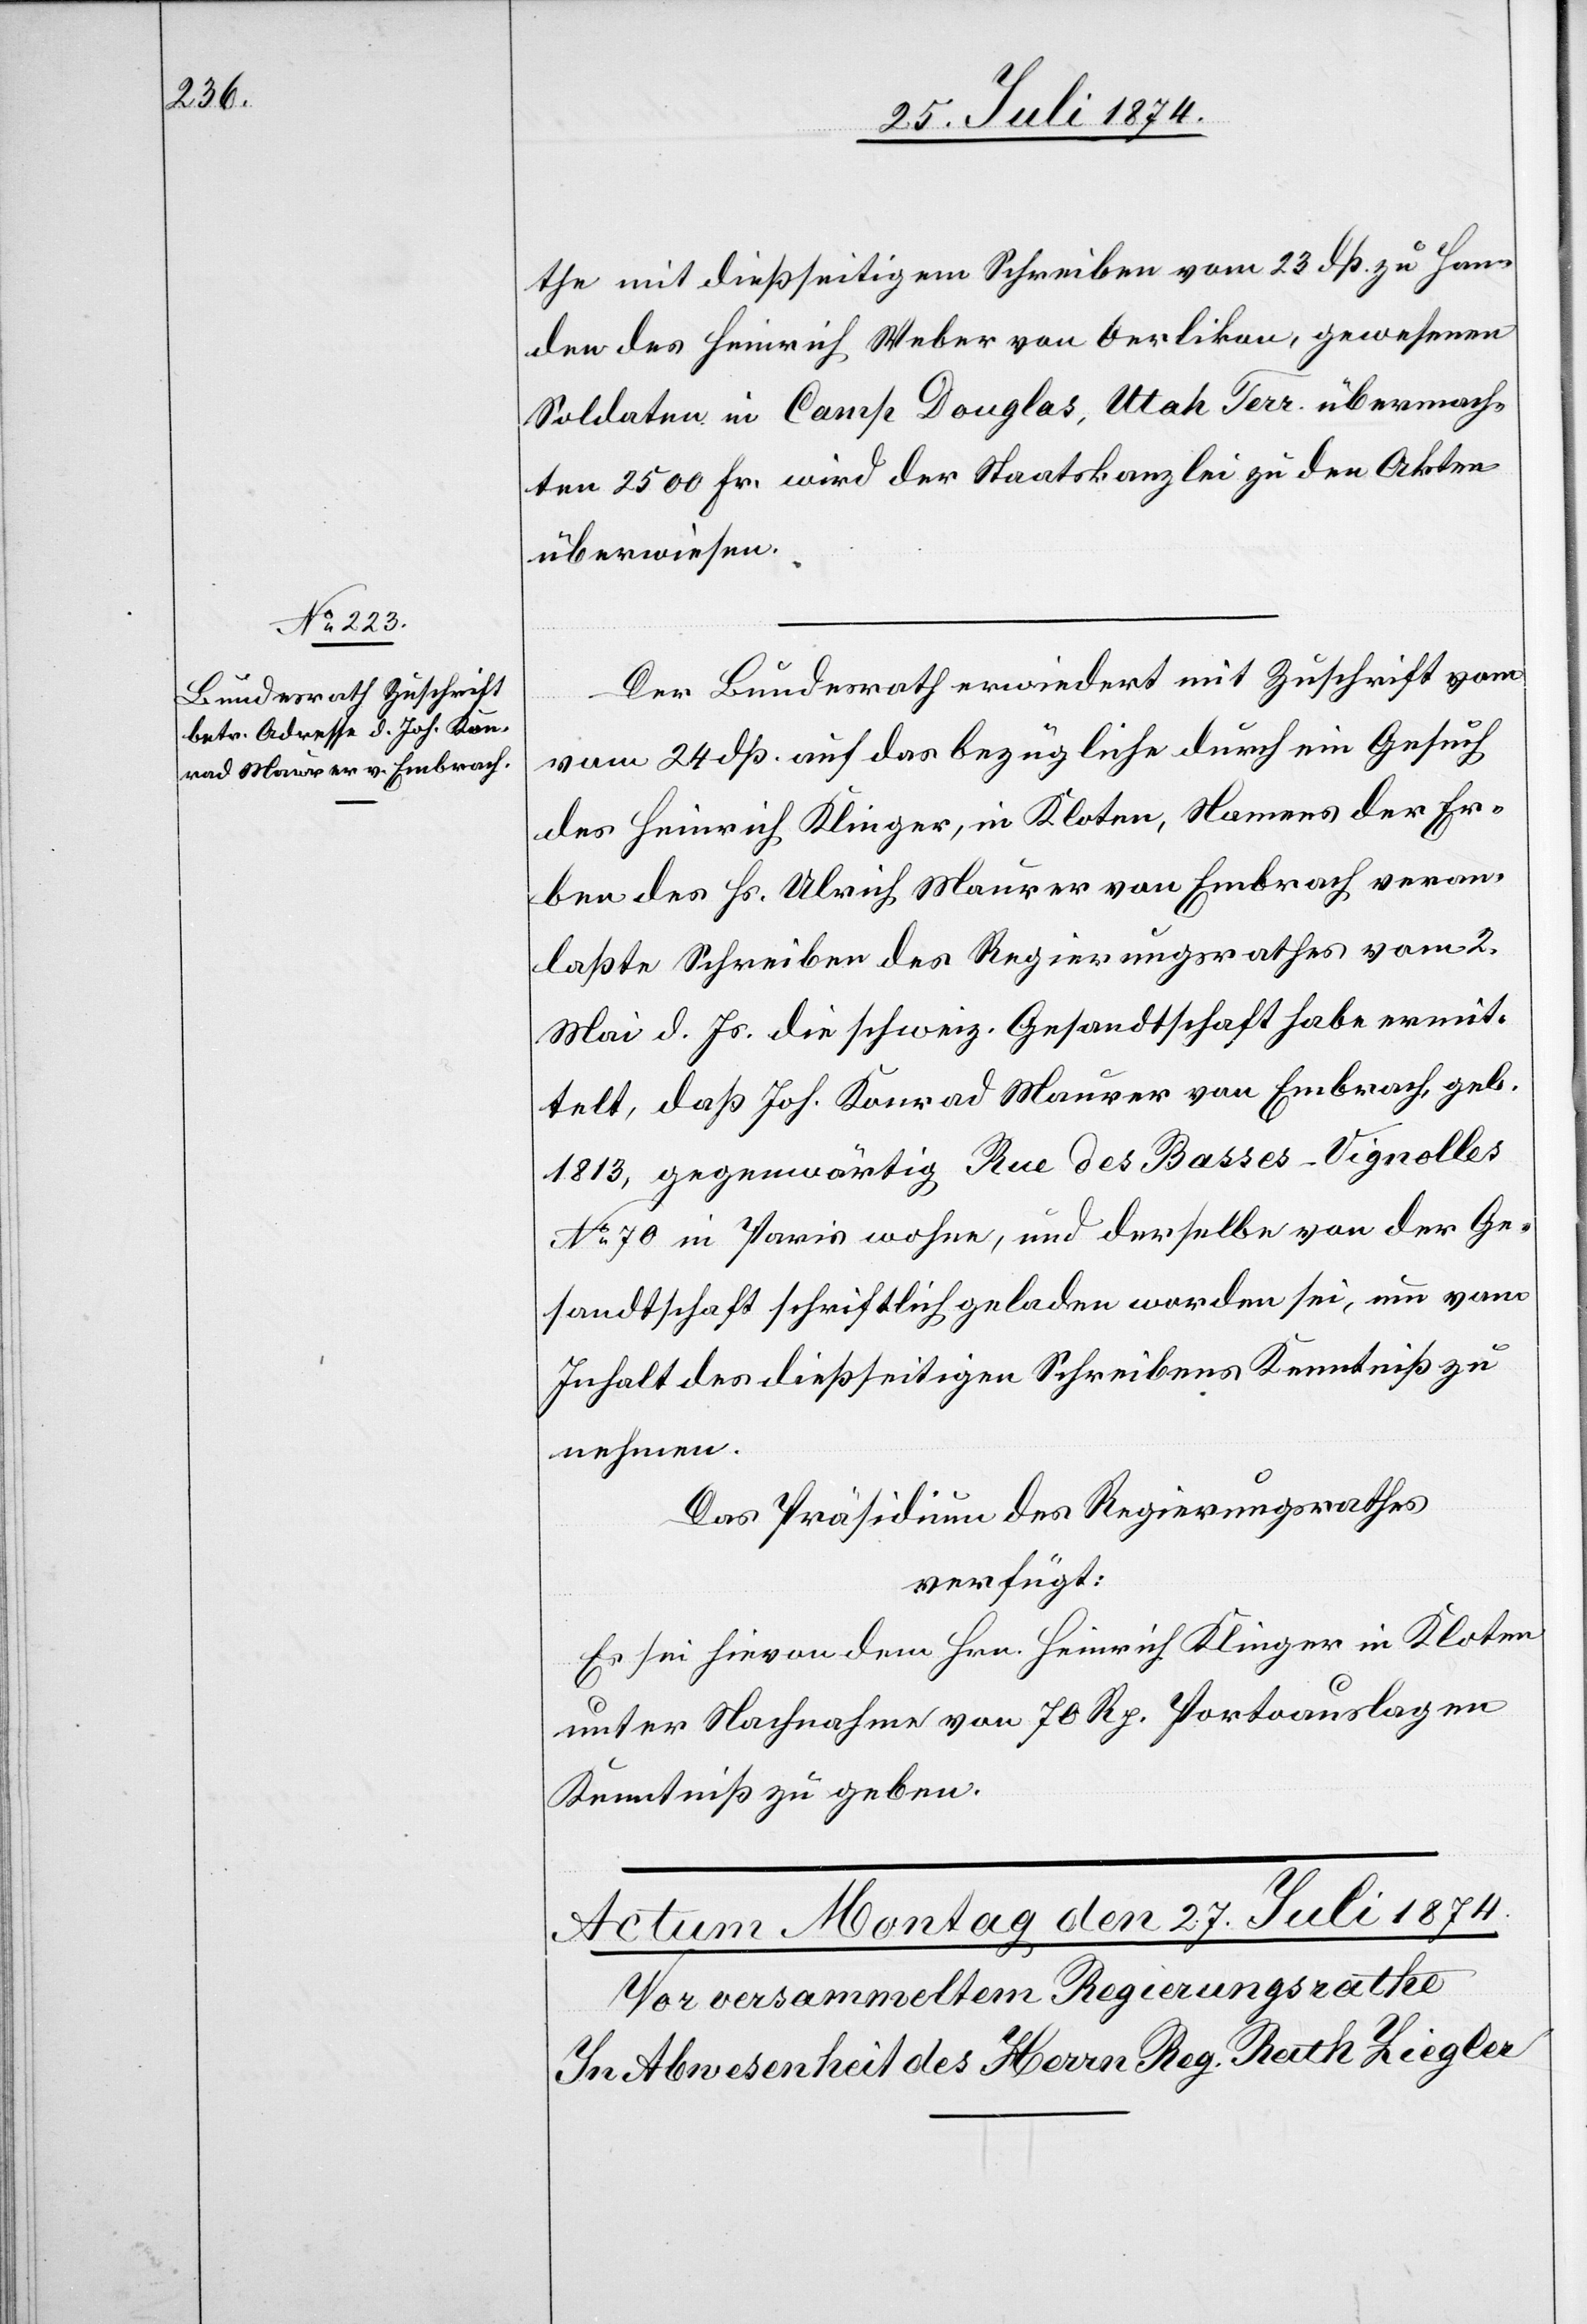
27. Juli 1874.]
the mit dießseitigem Schreiben vom 23. dß. zu Han¬
den des Heinrich Weber von Oerlikon, gewesenen
Soldaten in Camp Douglas, Utah Terr. übermach¬
ten 2500 Fr. wird der Staatskanzlei zu den Akten
überwiesen.
Der Bundesrath erwiedert mit Zuschrift vom
24. dß. auf das bezügliche durch ein Gesuch
des Heinrich Klinger, in Kloten, Namens der Er¬
ben des Hs. Ulrich Maurer von Embrach veran¬
laßte Schreiben des Regierungsrathes vom 2.
Mai d. Js. die schweiz. Gesandtschaft habe ermit¬
telt, daß Joh. Konrad Maurer von Embrach, geb.
1813, gegenwärtig Rue des Basses-Vignolles
No 70 in Paris wohne, und derselbe von der Ge¬
sandtschaft schriftlich geladen worden sei, um vom
Inhalt des dießseitigen Schreibens Kenntniß zu
nehmen.
Das Präsidium des Regierungsrathes
verfügt:
Es sei hievon dem Hrn. Heinrich Klinger in Kloten
unter Nachnahme von 70 Rp. Portoauslagen
Kenntniß zu geben.